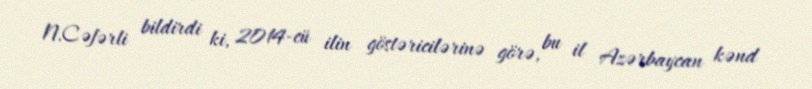
N.Cəfərli bildirdi ki, 2014-cü ilin göstəricilərinə görə, bu il Azərbaycan kənd